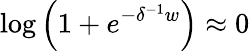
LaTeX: \log{\left(1+e^{-\delta^{-1}w}\right)}\approx 0